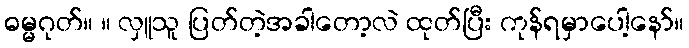
ဓမ္မဂုတ်။ ။ လှူသူ ပြတ်တဲ့အခါတော့လဲ ထုတ်ပြီး ကုန်ရမှာပေါ့နော်။